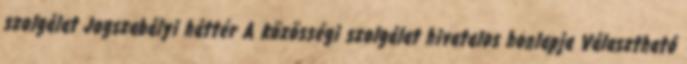
szolgálat Jogszabályi háttér A közösségi szolgálat hivatalos honlapja Választható